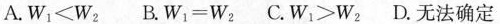
A.$$W _ { 1 } ≤ W _ { 2 }$$ B.$$W _ { 1 } = W _ { 2 }$$ C.$$W _ { 1 } ≥ W _ { 2 }$$ D.无法确定